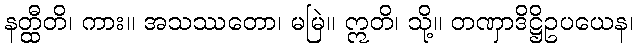
နတ္ထီတိ၊ ကား။ အသဿတော၊ မမြဲ။ ဣတိ၊ သို့။ တဏှာဒိဋ္ဌိဥပယေန၊